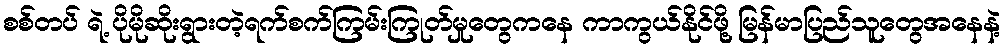
စစ်တပ် ရဲ့ ပိုမိုဆိုးရွားတဲ့ရက်စက်ကြမ်းကြုတ်မှုတွေကနေ ကာကွယ်နိုင်ဖို့ မြန်မာပြည်သူတွေအနေနဲ့